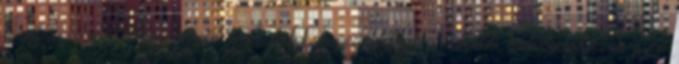
Tagjain vagy intézmé¬nyein keresztül bekapcsolódhat a külföldi testvéregyházak ilyen